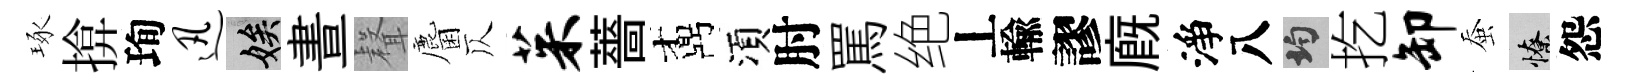
琢揜珣迅娭晝𮋻麕仄茱薔鼒湏肘罵绝丄輸謬廐淨八均扢卸蚕憭怨